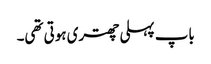
باپ پہلی چھتری ہوتی تھی۔